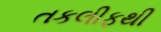
તકલીફથી